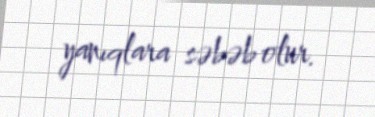
yanıqlara səbəb olur.